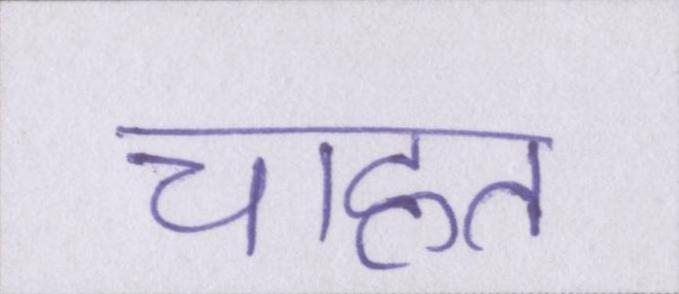
चाहत